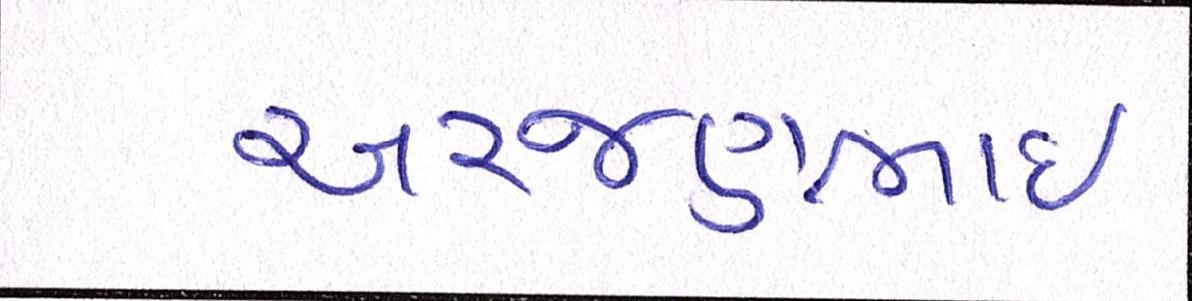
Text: અરજણભાઇ